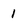
Character: 1